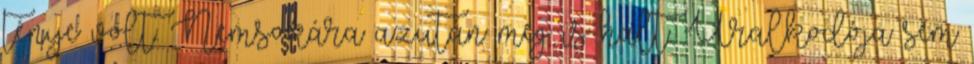
ténye volt. Nemsokára azután meg is halt. Uralkodója sem